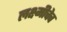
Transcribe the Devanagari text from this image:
लक्ष्मीचेच